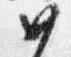
如